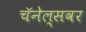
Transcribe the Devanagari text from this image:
चॅनेल्सवर